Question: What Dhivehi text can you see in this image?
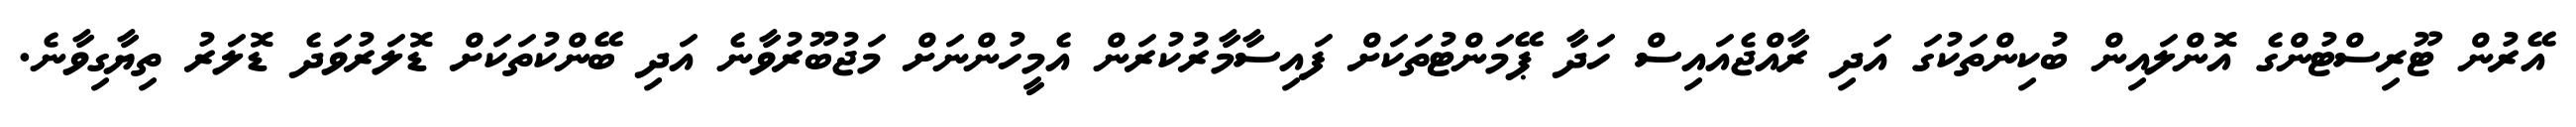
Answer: އޭރުން ޓޫރިސްޓުންގެ އޮންލައިން ބުކިންތަކުގަ އަދި ރާއްޖެއައިސް ހަދާ ޕޭމަންޓުތަކަށް ފައިސާމާރުކުރަން އެމީހުންނަށް މަޖުބޫރުވާނެ އަދި ބޭންކުތަކަށް ޑޮލަރުވަދެ ޑޮލަރު ތިޔާގިވާނެ.